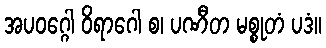
အပဝဂ္ဂေါ ဝိရာဂေါ စ၊ ပဏီတ မစ္စုတံ ပဒံ။